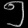
Digit: ၅